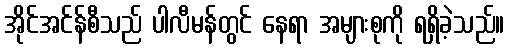
အိုင်အင်န်စီသည် ပါလီမန်တွင် နေရာ အများစုကို ရရှိခဲ့သည်။